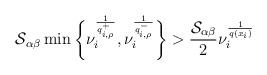
LaTeX: \begin{align*} \mathcal{S}_{\alpha\beta} \min\bigg\{ \nu_{i}^{\frac{1}{q^{+}_{i,\rho}}}, \nu_{i}^{\frac{1}{q^{-}_{i,\rho}}} \bigg\}> \frac{ \mathcal{S}_{\alpha\beta}}{2}\nu_{i}^{\frac{1}{q(x_i)}} \end{align*}